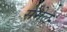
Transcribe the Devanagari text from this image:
सेमेल